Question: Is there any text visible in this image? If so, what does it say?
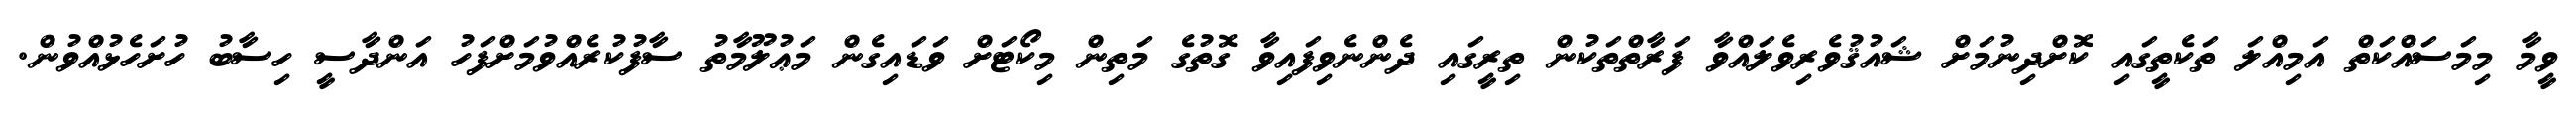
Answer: ވީމާ މިމަސައްކަތް އަމިއްލަ ތަކެތީގައި ކޮށްދިނުމަށް ޝައުޤުވެރިވެލައްވާ ފަރާތްތަކުން ތިރީގައި ދެންނެވިފައިވާ ގޮތުގެ މަތިން މިކޯޓަށް ވަޑައިގެން މަޢުލޫމާތު ސާފުކުރެއްވުމަށްފަހު އަންދާސީ ހިސާބު ހުށަހެޅުއްވުން.